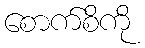
စောက်စိကို